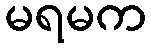
မရမက